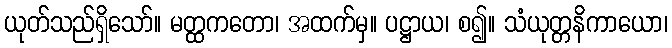
ယုတ်သည်ရှိသော်။ မတ္ထကတော၊ အထက်မှ။ ပဋ္ဌာယ၊ စ၍။ သံယုတ္တနိကာယော၊